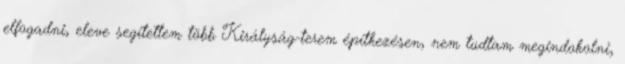
elfogadni, eleve segítettem több Királyság-terem építkezésen, nem tudtam megindokolni,